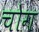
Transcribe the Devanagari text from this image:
चोग